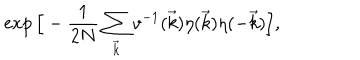
\exp \Big [ - \frac { 1 } { 2 N } \sum _ { \vec { k } } v ^ { - 1 } ( \vec { k } ) \eta ( \vec { k } ) \eta ( - \vec { k } ) \Big ] ,